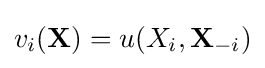
v_{i}(\mathbf {X} )=u(X_{i},\mathbf {X} _{-i})